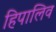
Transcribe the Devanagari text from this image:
हिपालिव